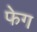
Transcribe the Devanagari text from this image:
फेग